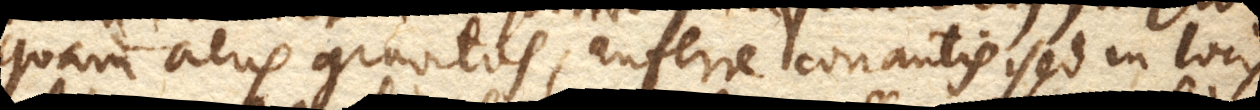
quam aeris gravitas, auferre conantis, sed in locis